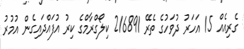
ގެރިއެއް 15 އަހަރު ދުވަހުގެ ތެރޭ 216891 ކިލޯގްރާމްގެ ކިރު އުފައްދައިގެން އުމުރު